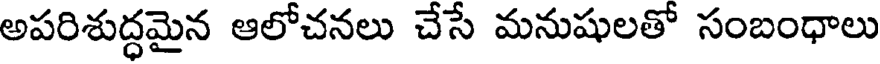
అపరిశుద్ధమైన ఆలోచనలు చేసే మనుషులతో సంబంధాలు